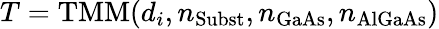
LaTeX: T=\mathrm{TMM}(d_{i},n_{\mathrm{Subst}},n_{\mathrm{GaAs}},n_{\mathrm{AlGaAs}})